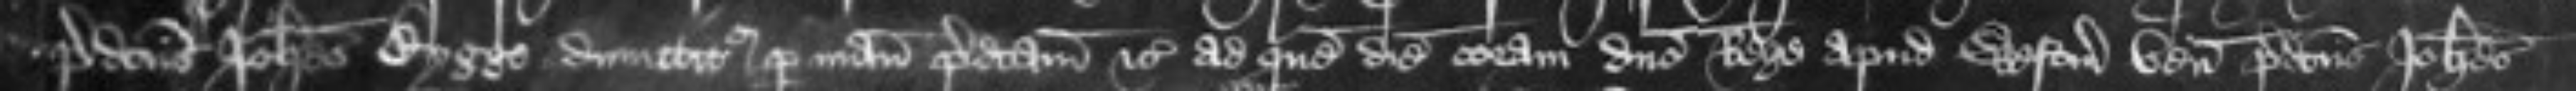
predictus Johannes Bygge dimittitur per manum predictam etc ad quem diem coram domino Rege apud Westmonasterium venit predictus Johannes